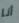
أنا